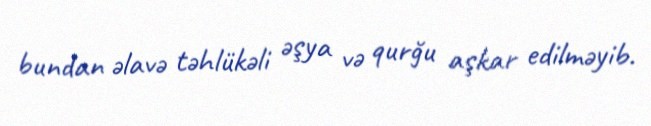
bundan əlavə təhlükəli əşya və qurğu aşkar edilməyib.